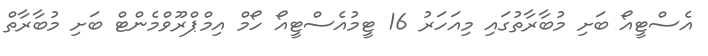
އެސްޓީއޯ ބަށި މުބާރާތުގައި މިއަހަރު 16 ޓީމުއެސްޓީއޯ ހޯމް އިމްޕްރޫވްމެންޓް ބަށި މުބާރާތް